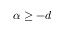
\alpha \geq - d